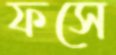
ফসে